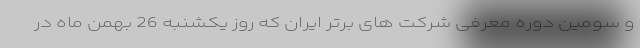
و سومین دوره معرفی شرکت های برتر ایران که روز یکشنبه 26 بهمن ماه در